Indian journal of veterinary science and animal husbandry - Volume 5,
Year: 1935
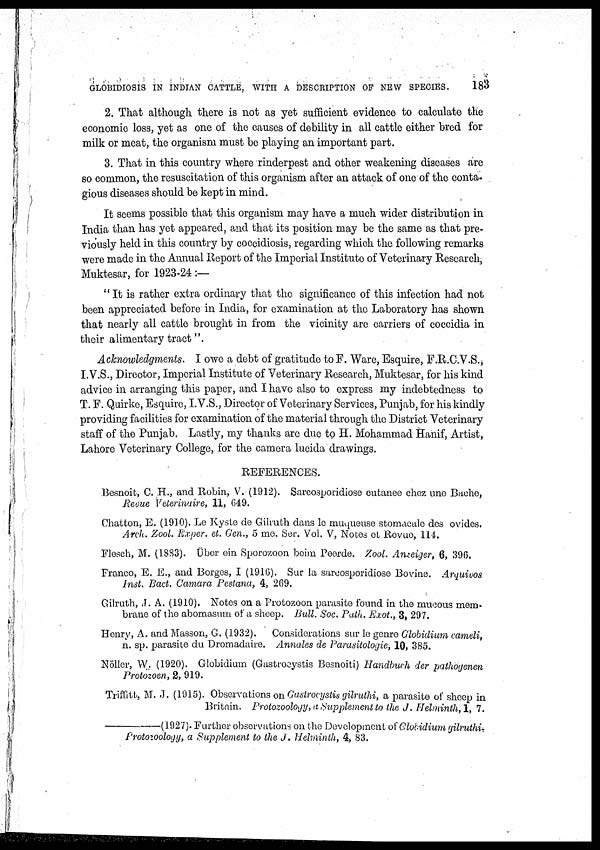
GLOBIDIOSIS IN INDIAN CATTLE, WITH A DESCRIPTION OF NEW SPECIES.
183
2. That although there is not as yet sufficient evidence to calculate the
economic loss, yet as one of the causes of debility in all cattle either bred for
milk or meat, the organism must be playing an important part.
3. That in this country where rinderpest and other weakening diseases are
so common, the resuscitation of this organism after an attack of one of the conta-
gious diseases should be kept in mind.
It seems possible that this organism may have a much wider distribution in
India than has yet appeared, and that its position may be the same as that pre-
viously held in this country by coccidiosis, regarding which the following remarks
were made in the Annual Report of the Imperial Institute of Veterinary Research,
Muktesar, for 1923-24 :—
" It is rather extra ordinary that the significance of this infection had not
been appreciated before in India, for examination at the Laboratory has shown
that nearly all cattle brought in from the vicinity are carriers of coccidia in
their alimentary tract".
Acknowledgments. I owe a debt of gratitude to F. Ware, Esquire, F.R.C.V.S.,
I.V.S., Director, Imperial Institute of Veterinary Research, Muktesar, for his kind
advice in arranging this paper, and I have also to express my indebtedness to
T. F. Quirke, Esquire, I.V.S., Director of Veterinary Services, Punjab, for his kindly
providing facilities for examination of the material through the District Veterinary
staff of the Punjab. Lastly, my thanks are due to H. Mohammad Hanif, Artist,
Lahore Veterinary College, for the camera lucida drawings.
REFERENCES.
Besnoit, C. H., and Robin, V. (1912). Sarcosporidiose cutanee chez une Bache,
Revue Veterinaire, 11, 649.
Chatton, E. (1910). Le Kyste de Gilruth dans le muqueuse stomacale des ovides.
Arch. Zool. Exper. et. Gen., 5 me. Ser. Vol. V, Notes et Revue, 114.
Flesch, M. (1883). Über ein Sporozoon beim Peerde. Zool. Anzeiger, 6, 396.
Franco, E. E., and Borges, I (1916). Sur la sarcosporidiose Bovine. Arquivos
Inst. Bact. Camara Pestana, 4, 269.
Gilruth, J. A. (1910). Notes on a Protozoon parasite found in the mucous mem-
brane of the abomasum of a sheep. Bull. Soc. Path. Exot., 3, 297.
Henry, A. and Masson, G. (1932). Considerations sur le genre Globidium cameli,
n. sp. parasite du Dromadaire. Annales de Parasitologie, 10, 385.
Nöller, W. (1920). Globidium (Gastrocystis Besnoiti) Handbuch der pathogenen
Protozoen, 2, 919.
Triffitt, M. J. (1915). Observations on Gastrocystis gilruthi, a parasite of sheep in
Britain. Protozoology, a Supplement to the J. Helminth, 1, 7.
—(1927).
Further observations on the Development of Globidium gilruthi-
Protozoology, a Supplement to the J. Helminth, 4, 83.